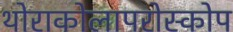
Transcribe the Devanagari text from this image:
थोराकोलापरोस्कोप